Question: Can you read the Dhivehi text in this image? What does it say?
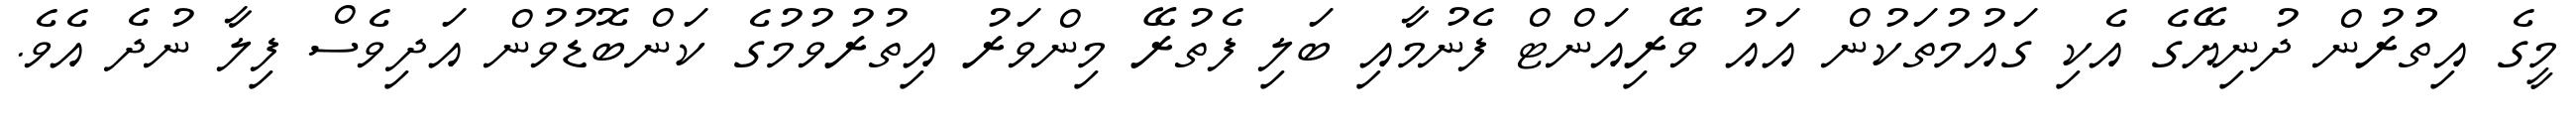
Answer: މީގެ އިތުުރުން ދުނިޔޭގެ އެކި ގައުމުތަކުން އައު ވޭރިއަންޓް ފެނުމާއި ބަލި ފެތުރޭ މިންވަރު އިތުރުވުމުގެ ކަންބޮޑުވުން އަދިވެސް ފިލާ ނުދެ އެވެ.